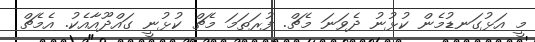
މީ އަޅުގަނޑުމެން ކުޅުނު ދެވަނަ މެޗް. ފުރަތަމަ މެޗް ކުޅުނީ ގައްދޫއާއެކު. އެމެޗް